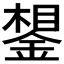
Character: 𰼽